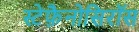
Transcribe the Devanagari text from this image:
स्टेफ़ैनोसिरॉस